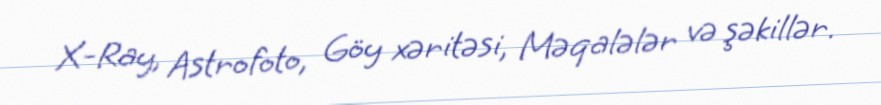
X-Ray, Astrofoto, Göy xəritəsi, Məqalələr və şəkillər.